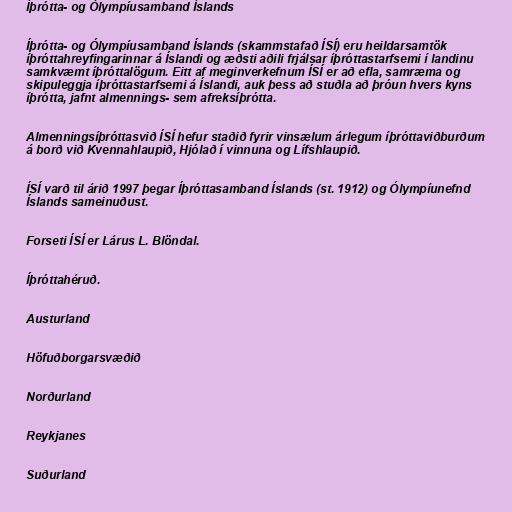
Íþrótta- og Ólympíusamband Íslands

Íþrótta- og Ólympíusamband Íslands (skammstafað ÍSÍ) eru heildarsamtök
íþróttahreyfingarinnar á Íslandi og æðsti aðili frjálsar íþróttastarfsemi í landinu
samkvæmt íþróttalögum. Eitt af meginverkefnum ÍSÍ er að efla, samræma og
skipuleggja íþróttastarfsemi á Íslandi, auk þess að stuðla að þróun hvers kyns
íþrótta, jafnt almennings- sem afreksíþrótta.

Almenningsíþróttasvið ÍSÍ hefur staðið fyrir vinsælum árlegum íþróttaviðburðum
á borð við Kvennahlaupið, Hjólað í vinnuna og Lífshlaupið.

ÍSÍ varð til árið 1997 þegar Íþróttasamband Íslands (st. 1912) og Ólympíunefnd
Íslands sameinuðust.

Forseti ÍSÍ er Lárus L. Blöndal.

Íþróttahéruð.

Austurland

Höfuðborgarsvæðið

Norðurland

Reykjanes

Suðurland